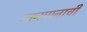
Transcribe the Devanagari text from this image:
स्तनपानाची